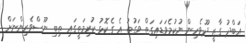
އަބްދު ގާޒީ ދޫވެހިން ނުކުމެވަޑައިގަތް ވަގުތު އެ ގެކޮޅު ކުރިމަތީގައި ތިބި ނޫސްވެރިންނަށް